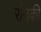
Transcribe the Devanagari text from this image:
रौनकी